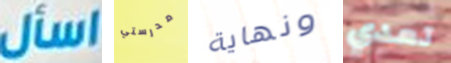
اسأل مدرستي ونهاية تعدي